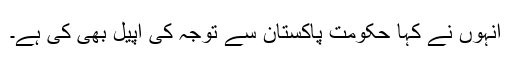
انہوں نے کہا حکومت پاکستان سے توجہ کی اپیل بھی کی ہے۔